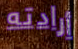
أرادته